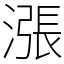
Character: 漲